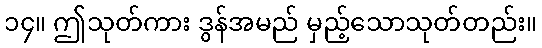
၁၄။ ဤသုတ်ကား ဒွန်အမည် မှည့်သောသုတ်တည်း။